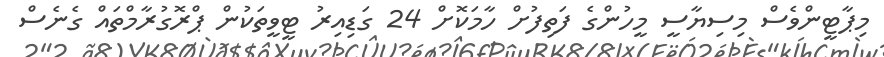
މިޕާޓީންވެސް މިސިޔާސީ މީހުންގެ ފަތިފުށް ހާމަކޮށް 24 ގަޑިއިރު ޓީވީތަކުން ޕްރޮގުރާމްތައް ގެނެސް